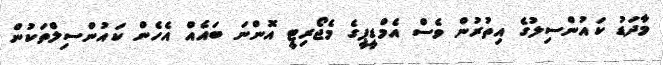
މާދަޑު ކައުންސިލުގެ އިތުރުން ވެސް އެމްޑީޕީގެ މެޖޯރިޓީ އޮންނަ ބައެއް އެހެން ކައުންސިލްތަކުން